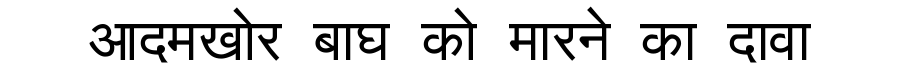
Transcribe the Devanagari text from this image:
आदमखोर बाघ को मारने का दावा